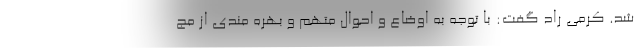
شد. کرمی راد گفت: با توجه به اوضاع و احوال متهم و بهره مندی از مج